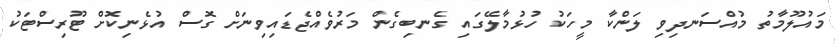
މައުލޫމާތު މުއްސަނދިވި ލަންކާ މީހަކު ހުޅުމާލޭގައި ގެނބިގެން މަރުވެއްޖެޑައިވިނަށް ގޮސް އުޅެނިކޮށް ޓޫރިސްޓަކު